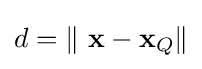
d=\lVert \ \mathbf {x} -\mathbf {x} _{Q}\rVert